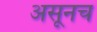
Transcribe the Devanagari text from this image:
असूनच